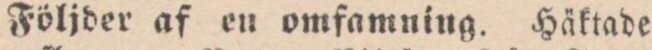
Följder af en omfamning. Häktade